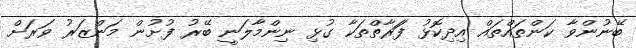
ބޭނުންވާ ކަންތައްތައް އިދިކޮޅު ފަަރާތްތަކާ ގުޅި ނިންމާލަނީ ބޭރު ފުށުން މަންޒަރު ވަރަށް